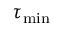
\tau _ { \mathrm { m i n } }